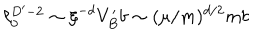
LaTeX: \ell _ { 0 } ^ { D ^ { \prime } - 2 } \sim \xi ^ { - d } V _ { B } ^ { \prime } b \sim ( \mu / m ) ^ { d / 2 } m b